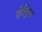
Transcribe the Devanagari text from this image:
ऐल्ड्रिच